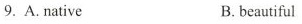
9. A. native B. beautiful